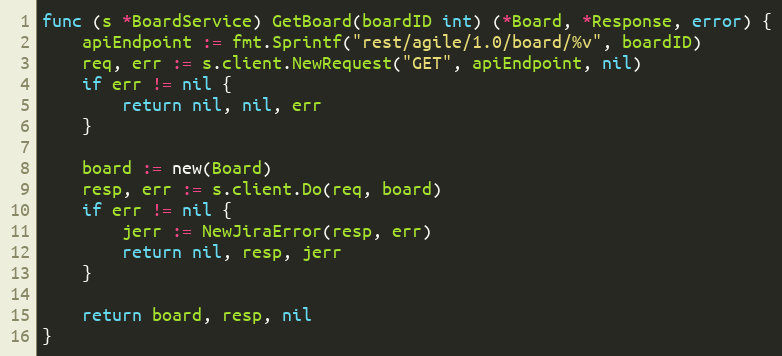
Language: Go
func (s *BoardService) GetBoard(boardID int) (*Board, *Response, error) {
	apiEndpoint := fmt.Sprintf("rest/agile/1.0/board/%v", boardID)
	req, err := s.client.NewRequest("GET", apiEndpoint, nil)
	if err != nil {
		return nil, nil, err
	}

	board := new(Board)
	resp, err := s.client.Do(req, board)
	if err != nil {
		jerr := NewJiraError(resp, err)
		return nil, resp, jerr
	}

	return board, resp, nil
}